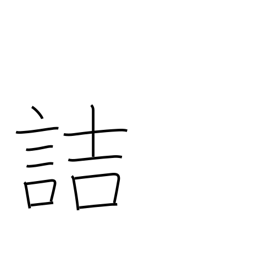
Meaning: blame